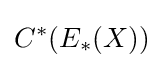
C^{*}(E_{*}(X))